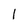
Character: 1